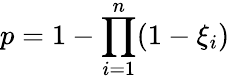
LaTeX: p=1-\prod_{i=1}^{n}(1-\xi_{i})